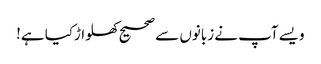
ویسے آپ نے زبانوں سے صحیح کھلواڑکیا ہے!